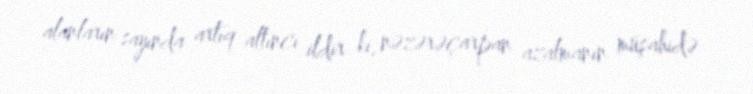
alanların sayında artıq altıncı ildir ki, nəzərəçarpan azalmanın müşahidə